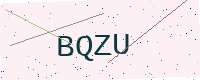
Text: BQZU